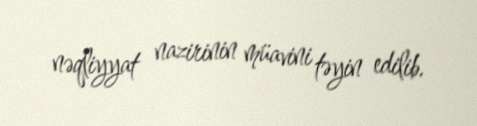
nəqliyyat nazirinin müavini təyin edilib.